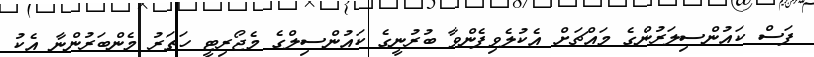
ފަސް ކައުންސިލަރުންގެ މައްޗަށް އެކުލެވިފެންވާ ބުރުނީގެ ކައުންސިލްގެ މެޖޯރިޓީ ހަތަރު މެންބަރުންނާ އެކު